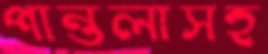
পান্তলাসহ